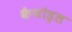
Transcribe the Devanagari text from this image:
कैथोड्रल